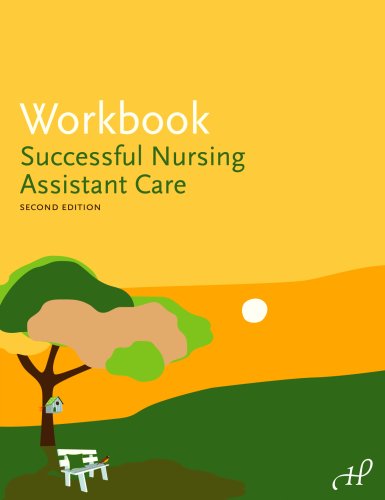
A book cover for Workbook for Successful Nursing Assistant Care; Hartman Publishing Inc.; Medical Books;